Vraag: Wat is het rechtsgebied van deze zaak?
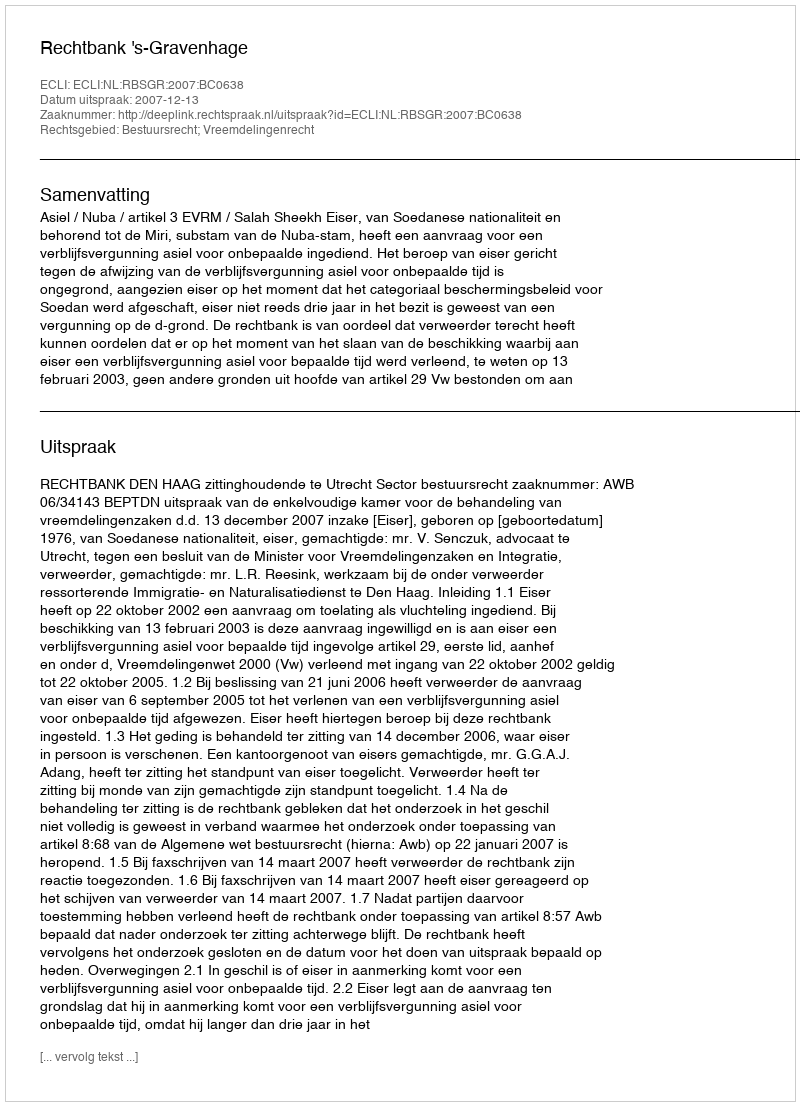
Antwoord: Bestuursrecht; Vreemdelingenrecht